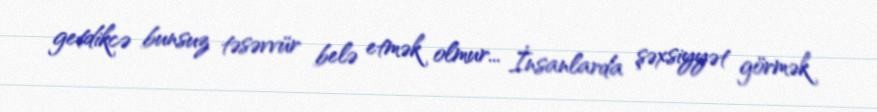
getdikcə bunsuz təsəvvür belə etmək olmur... İnsanlarda şəxsiyyət görmək